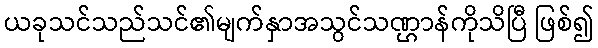
ယခုသင်သည်သင်၏မျက်နှာအသွင်သဏ္ဌာန်ကိုသိပြီ ဖြစ်၍